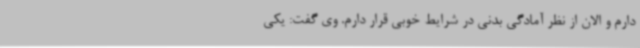
دارم و الان از نظر آمادگی بدنی در شرایط خوبی قرار دارم. وی گفت: یکی